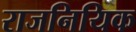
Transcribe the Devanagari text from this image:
राजनियिक